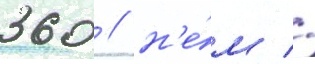
360 / н'е́м //